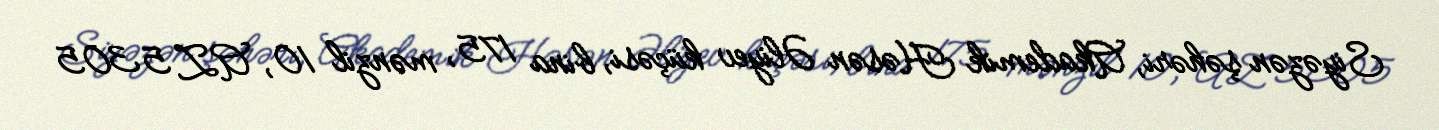
Siyəzən şəhəri, Akademik Həsən Əliyev küçəsi, bina 175, mənzil 10, AZ 5305